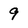
Character: 9